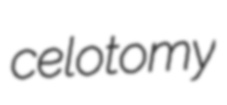
celotomy